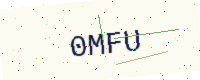
Text: 0MFU